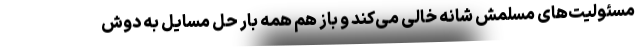
مسئولیت‌های مسلّمش شانه خالی می‌کند و باز هم همه بار حل مسایل به دوش